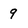
Character: 9